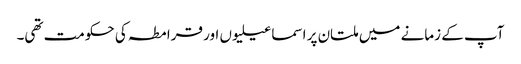
آپ کے زمانے میں ملتان پر اسماعیلیوں اور قرامطہ کی حکومت تھی۔